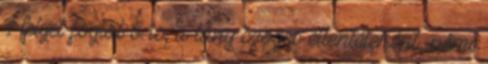
Helyet foglal ő is; a lány szöges ellentéteként, némi